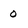
Character: 0